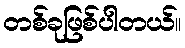
တစ်ခုဖြစ်ပါတယ်။